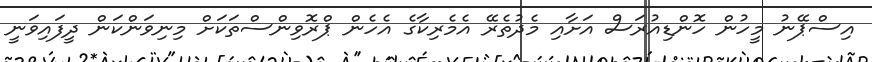
އިސްޕޭނު މީހުން ހޮންޑިއުރަސް އަށާއި މެދުތެރޭ އެމެރިކާގެ އެހެން ޕްރޮވިންސްތަކަށް މިނިވަންކަން ދީފައިވަނީ